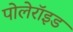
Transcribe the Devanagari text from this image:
पोलेरॉइड